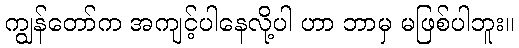
ကျွန်တော်က အကျင့်ပါနေလို့ပါ ဟာ ဘာမှ မဖြစ်ပါဘူး။